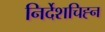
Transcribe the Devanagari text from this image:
निर्देशचिह्न